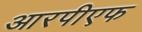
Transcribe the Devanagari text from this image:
आरपीएफ